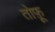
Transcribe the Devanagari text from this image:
तोफ़ू